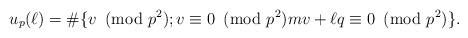
LaTeX: \begin{align*} u_p(\ell)=\#\{v\!\!\!\pmod{p^2}; v\equiv0\!\!\!\pmod{p^2}mv+\ell q\equiv0\!\!\!\pmod{p^2}\}.\end{align*}